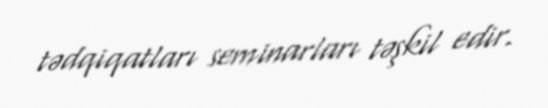
tədqiqatları seminarları təşkil edir.